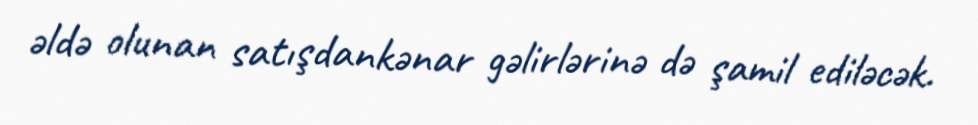
əldə olunan satışdankənar gəlirlərinə də şamil ediləcək.